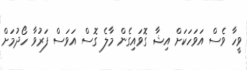
ވީހާ ވެސް އަވަހަކަށް އިޝާ ގޮވައިގެން މާލެ ގޮސް އަވަސް ފަރުވާ ހޯދުމަށް